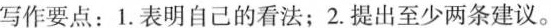
写作要点：1.表明自己的看法；2.提出至少两条建议。